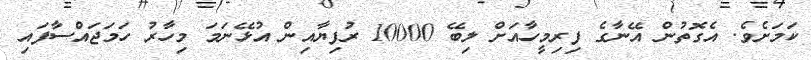
ކަމަށެވެ. އެގޮތުން އޭނާގެ ފިރިމީހާއަށް ލިބޭ 10000 ރުފިޔާއިން އުޅޭނަމަ މިހާރު ހަމަޖައްސާފައި